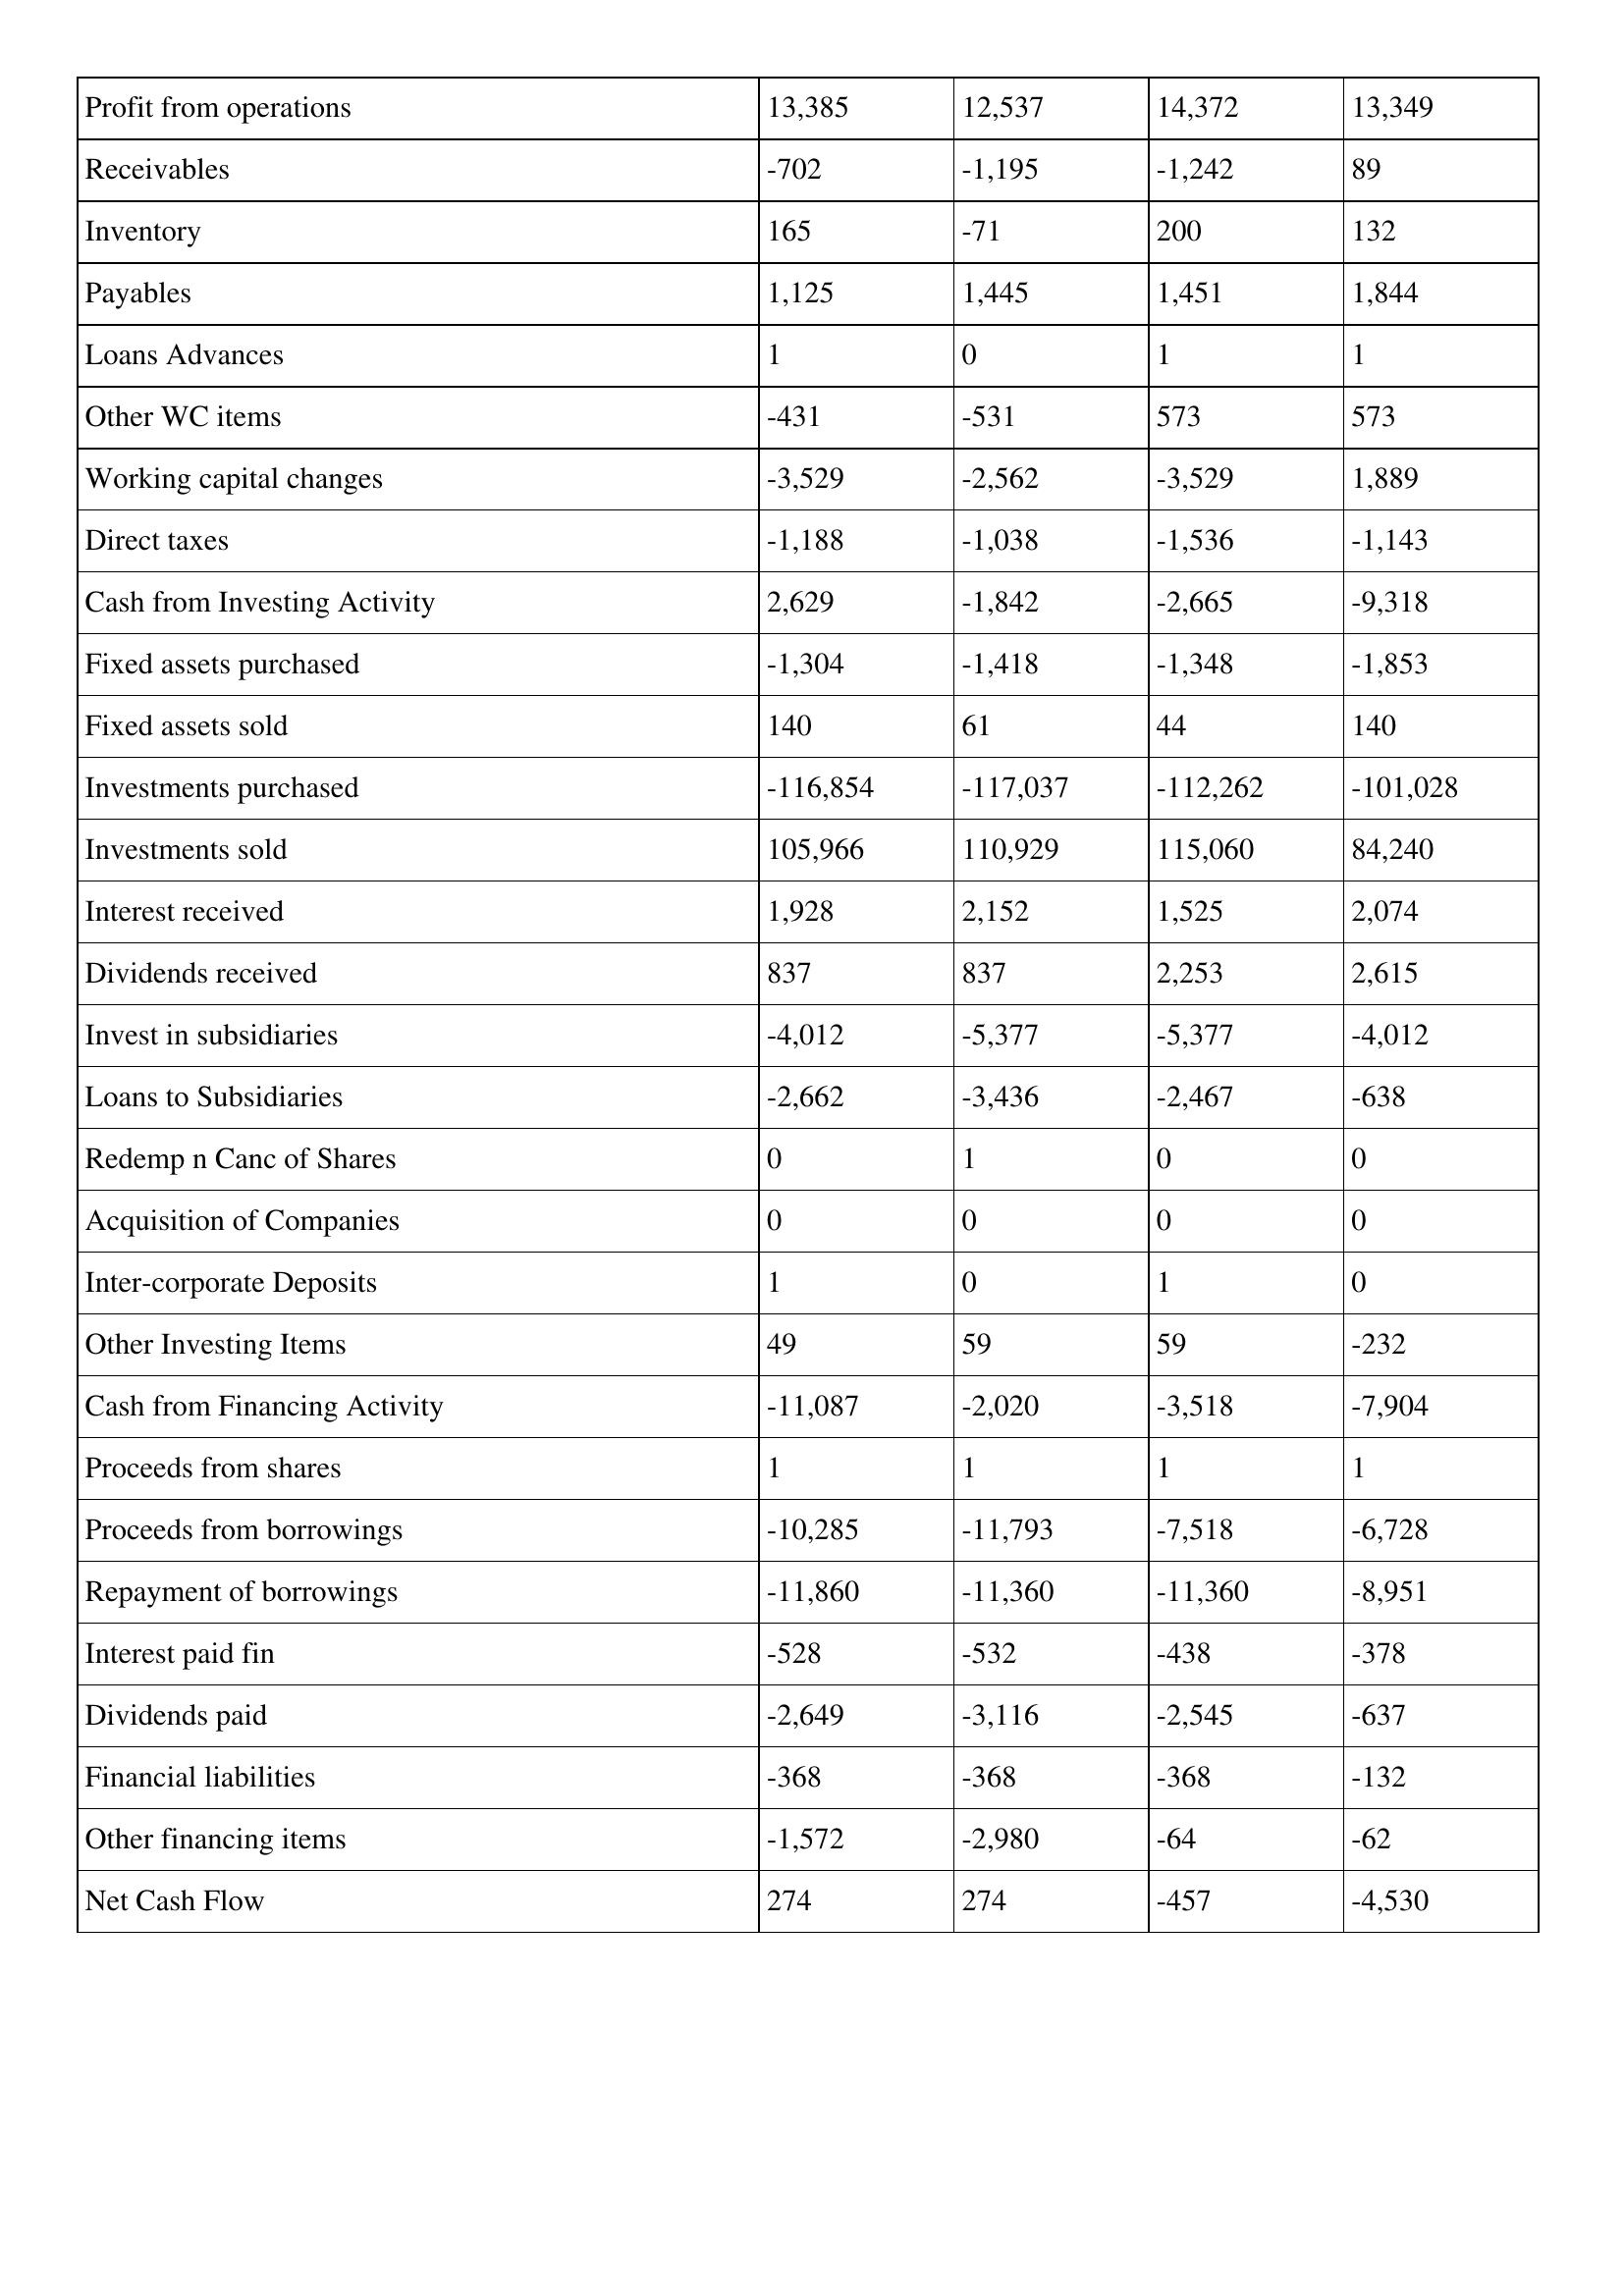
gt_parse: 2017: Cash Flows: Profit from operations: 13,385
Receivables: -702
Inventory: 165
Payables: 1,125
Loans Advances: 1
Other WC items: -431
Working capital changes: -3,529
Direct taxes: -1,188
Cash from Investing Activity: 2,629
Fixed assets purchased: -1,304
Fixed assets sold: 140
Investments purchased: -116,854
Investments sold: 105,966
Interest received: 1,928
Dividends received: 837
Invest in subsidiaries: -4,012
Loans to Subsidiaries: -2,662
Redemp n Canc of Shares: 0
Acquisition of Companies: 0
Inter-corporate Deposits: 1
Other Investing Items: 49
Cash from Financing Activity: -11,087
Proceeds from shares: 1
Proceeds from borrowings: -10,285
Repayment of borrowings: -11,860
Interest paid fin: -528
Dividends paid: -2,649
Financial liabilities: -368
Other financing items: -1,572
Net Cash Flow: 274
2016: Cash Flows: Profit from operations: 12,537
Receivables: -1,195
Inventory: -71
Payables: 1,445
Loans Advances: 0
Other WC items: -531
Working capital changes: -2,562
Direct taxes: -1,038
Cash from Investing Activity: -1,842
Fixed assets purchased: -1,418
Fixed assets sold: 61
Investments purchased: -117,037
Investments sold: 110,929
Interest received: 2,152
Dividends received: 837
Invest in subsidiaries: -5,377
Loans to Subsidiaries: -3,436
Redemp n Canc of Shares: 1
Acquisition of Companies: 0
Inter-corporate Deposits: 0
Other Investing Items: 59
Cash from Financing Activity: -2,020
Proceeds from shares: 1
Proceeds from borrowings: -11,793
Repayment of borrowings: -11,360
Interest paid fin: -532
Dividends paid: -3,116
Financial liabilities: -368
Other financing items: -2,980
Net Cash Flow: 274
2015: Cash Flows: Profit from operations: 14,372
Receivables: -1,242
Inventory: 200
Payables: 1,451
Loans Advances: 1
Other WC items: 573
Working capital changes: -3,529
Direct taxes: -1,536
Cash from Investing Activity: -2,665
Fixed assets purchased: -1,348
Fixed assets sold: 44
Investments purchased: -112,262
Investments sold: 115,060
Interest received: 1,525
Dividends received: 2,253
Invest in subsidiaries: -5,377
Loans to Subsidiaries: -2,467
Redemp n Canc of Shares: 0
Acquisition of Companies: 0
Inter-corporate Deposits: 1
Other Investing Items: 59
Cash from Financing Activity: -3,518
Proceeds from shares: 1
Proceeds from borrowings: -7,518
Repayment of borrowings: -11,360
Interest paid fin: -438
Dividends paid: -2,545
Financial liabilities: -368
Other financing items: -64
Net Cash Flow: -457
2014: Cash Flows: Profit from operations: 13,349
Receivables: 89
Inventory: 132
Payables: 1,844
Loans Advances: 1
Other WC items: 573
Working capital changes: 1,889
Direct taxes: -1,143
Cash from Investing Activity: -9,318
Fixed assets purchased: -1,853
Fixed assets sold: 140
Investments purchased: -101,028
Investments sold: 84,240
Interest received: 2,074
Dividends received: 2,615
Invest in subsidiaries: -4,012
Loans to Subsidiaries: -638
Redemp n Canc of Shares: 0
Acquisition of Companies: 0
Inter-corporate Deposits: 0
Other Investing Items: -232
Cash from Financing Activity: -7,904
Proceeds from shares: 1
Proceeds from borrowings: -6,728
Repayment of borrowings: -8,951
Interest paid fin: -378
Dividends paid: -637
Financial liabilities: -132
Other financing items: -62
Net Cash Flow: -4,530